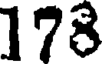
178